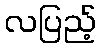
လပြည့်